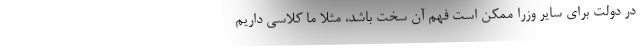
در دولت برای سایر وزرا ممکن است فهم آن سخت باشد، مثلا ما کلاسی داریم